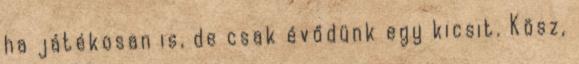
ha játékosan is, de csak évődünk egy kicsit. Kösz,